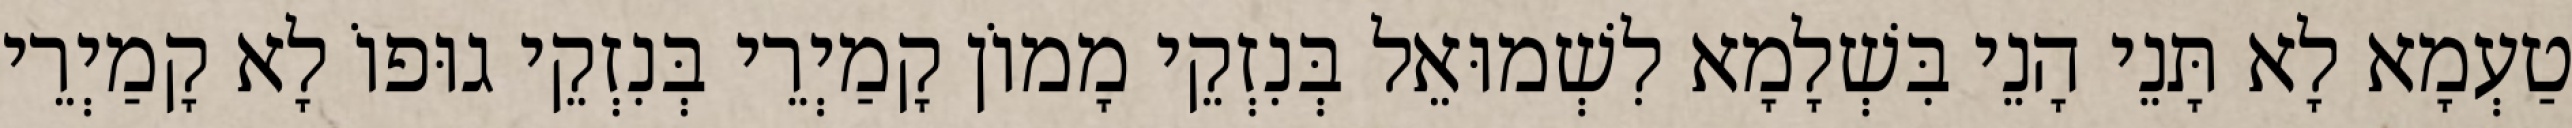
טַעְמָא לָא תָּנֵי הָנֵי בִּשְׁלָמָא לִשְׁמוּאֵל בְּנִזְקֵי מָמוֹן קָמַיְרֵי בְּנִזְקֵי גוּפוֹ לָא קָמַיְרֵי